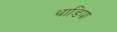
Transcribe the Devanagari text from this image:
थाडिया